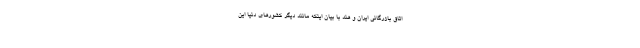
اتاق بازرگانی ایران و هند با بیان اینکه مانند دیگر کشورهای دنیا این